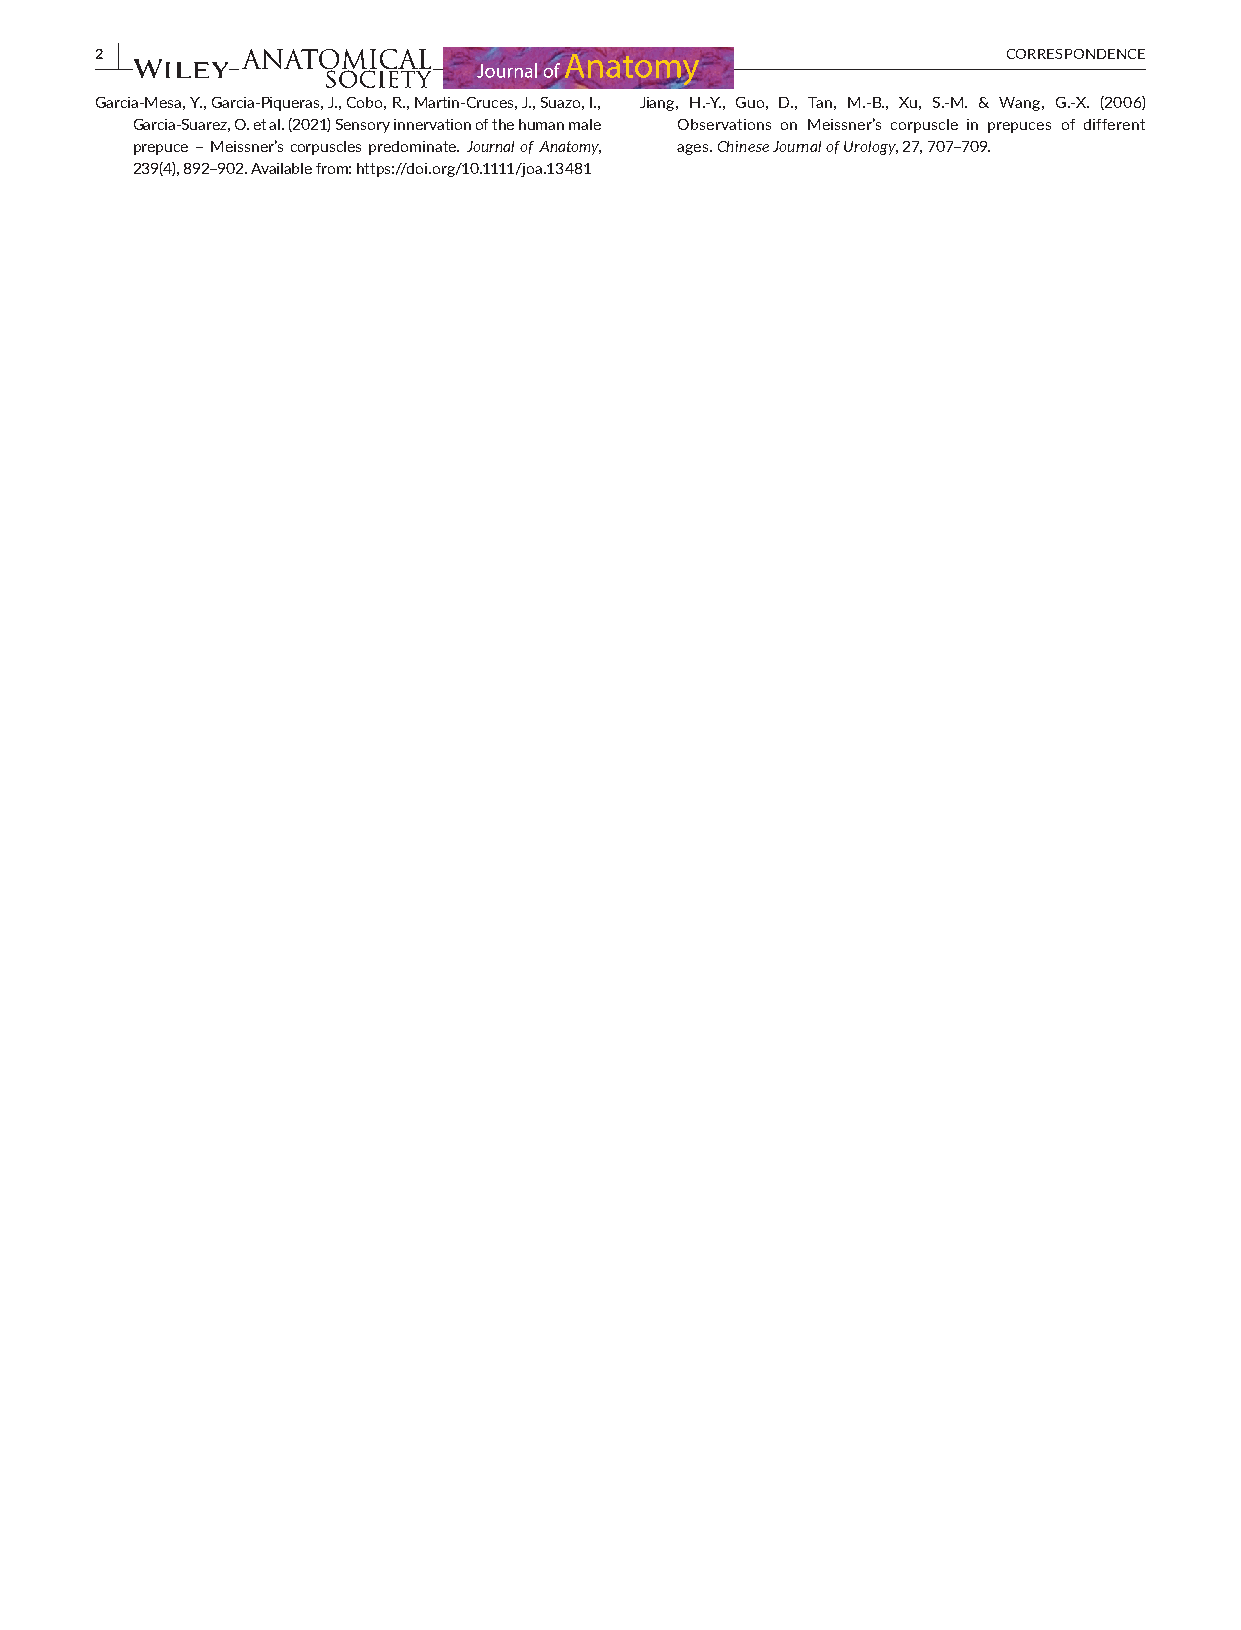
2 |                                                          CORRESPONDENCE
 Garcia- Mesa, Y., Garcia- Piqueras, J., Cobo, R., Martin- Cruces, J., Suazo, I., Jiang, H.- Y., Guo, D., Tan, M.- B., Xu, S.- M. & Wang, G.- X. (2006)
 Garcia- Suarez, O. et al. (2021) Sensory innervation of the human male Observations on Meissner’s corpuscle in prepuces of different
 prepuce – Meissner’s corpuscles predominate. Journal of Anatomy, ages. Chinese Journal of Urology, 27, 707– 709.
 239(4), 892– 902. Available from: https://doi.org/10.1111/joa.13481